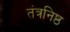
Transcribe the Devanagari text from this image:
तंत्रनिष्ठ